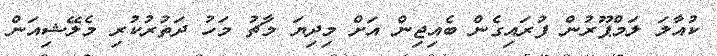
ކުއާލަ ލަމްޕޫރުން ފުރައިގެން ބެއިޖިން އަށް މިދިޔަ މާޗު މަހު ދަތުރުކުރި މެލޭޝިއަން